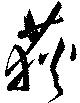
荻